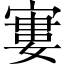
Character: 寠